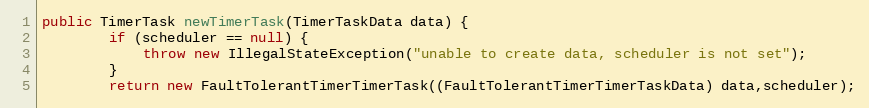
Language: Java
public TimerTask newTimerTask(TimerTaskData data) {
		if (scheduler == null) {
			throw new IllegalStateException("unable to create data, scheduler is not set");
		}
		return new FaultTolerantTimerTimerTask((FaultTolerantTimerTimerTaskData) data,scheduler);